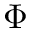
\Phi